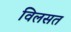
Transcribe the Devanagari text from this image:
विलसत